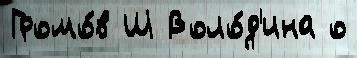
Громо́в Ш Воло́д'ина о